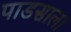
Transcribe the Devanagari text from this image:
पाडसाला